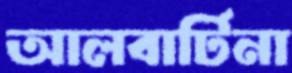
আলবার্টিনা